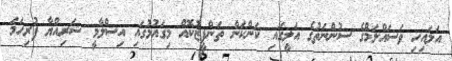
އަލައިހި ވަސައްލަމްގެ ސުންނަތުގެ އަލީގައި ކަންކަން ތަންފީޒުކޮއް މިގައުމުގައި އިސްލާމީ ޝަރިއްޔާ ފުރިހަމަ